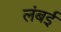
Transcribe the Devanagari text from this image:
लंबई